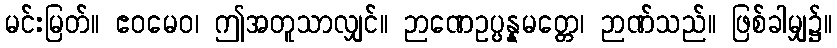
မင်းမြတ်။ ဧဝမေဝ၊ ဤအတူသာလျှင်။ ဉာဏေဥပ္ပန္နမတ္တေ၊ ဉာဏ်သည်။ ဖြစ်ခါမျှ၌။